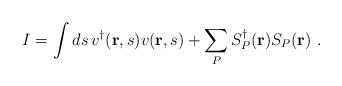
LaTeX: \begin{align*}I = \int ds\, v^\dagger({\bf r},s)v({\bf r},s) + \sum_P S^\dagger_P({\bf r}) S_P({\bf r}) \,\, .\end{align*}